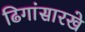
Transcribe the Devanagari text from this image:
ढिगांसारखे